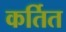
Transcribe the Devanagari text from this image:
कर्तित